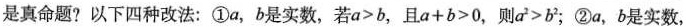
是真命题?以下四种改法：①a，b是实数，若a>b，且a+b>0，则a^{2}>b^{2}；②a，b是实数，若a>b>0，则a1>b2；③a，b是实数，